Newspaper: The Opelousas courier. [volume]
Place of publication: Opelousas, La.
Publisher: Joel H. Sandoz & Andrew Meynier
Date: 1875-12-18 00:00:00
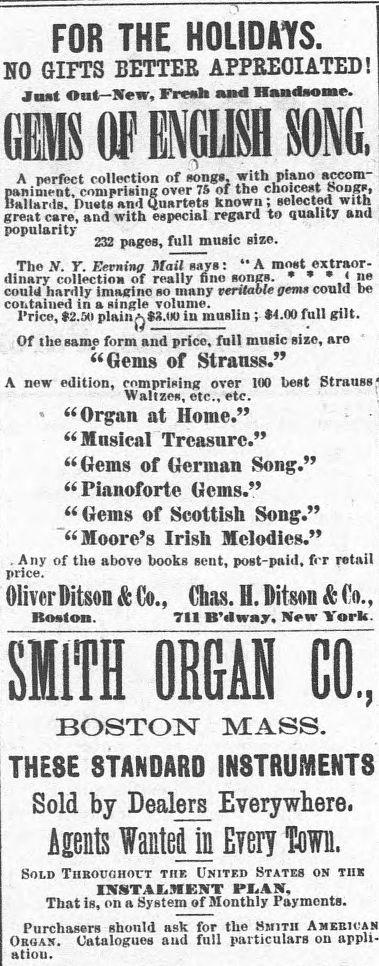
Advertisement text (OCR):
FOR THE HOLIDAYS. NO GIFTS BETTER APPREOIATED! Jtst Oat-New, Fresb and Handmeme. GES O1 ENGIISi SONGI A perfect collection of songs with piano accom ppaianiment, camip isindiar over 75 of the choicest aSongs, lialiardis. Dusts andQatets known ; selected with great care, and with especial regard to quality and popularity 232 pages, full music size. The N. Y. Eaersisg Matl says: "A most extraor dinary coliection of really finn sng. "s* 4 ne could hardly imagine so many verdsb e g, could be contained in a single volnme. rice, $2.50 plain )SLI0 tn muslin; $4.00 full gilt. Of the same form and price, fnll music size, are "Gems of Strauss." A new edition, comprising over 100 best Strauss Waltzes, etc., etc. "Organ at Home." "Musical Treasure." "Gems of German Song." "Pianoforte Gems." "Gems of Scottish Song." "Moore's Irish Melodies." * Any of the above books sent, post-paid. for retail price. OliverfBitson & Co., Chas. H. Ditson & Co., Rostim. 751 B'dway, New York. SMITH ORGAN CO., BOSTON MASS. THESE STANDARD INSTRUMENTS Sold by Dealers Everywhere. Agnts 'Waitel in Every Ton. SOLD THROUGHOrT THE UNITED STATES ON THE INSTALSKENT PLAN. That is, on a System of Monthly Payments. Purchasers should ask for the SMITH AwanuiAN ORGAN. Catalogues and full particulars on appli atiou.
Label: text-only